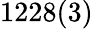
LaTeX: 1228(3)